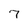
Character: 7